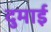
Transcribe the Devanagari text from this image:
दुमाई